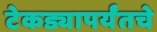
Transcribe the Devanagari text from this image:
टेकड्यापर्यंतचे